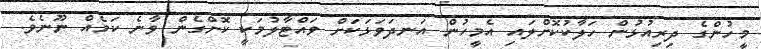
މީހުންގެ ދިރިއުޅުން ހަލާކުކޮށްލައި އެމީހުން އަނދަވަޅަކަށް ވައްޓާލުމަކީ ކޮށްގެން ވާނެ ކަމެއް ނޫނެވެ.